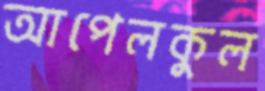
আপেলকুল